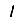
Digit: 1